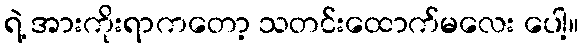
ရဲ့ အားကိုးရာကတော့ သတင်းထောက်မလေး ပေါ့။